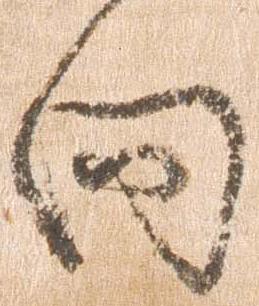
向